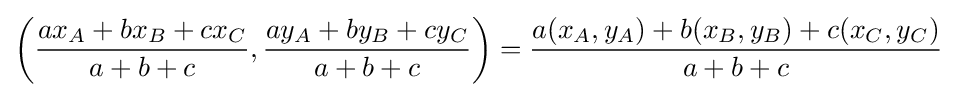
{\bigg (}{\frac {ax_{A}+bx_{B}+cx_{C}}{a+b+c}},{\frac {ay_{A}+by_{B}+cy_{C}}{a+b+c}}{\bigg )}={\frac {a(x_{A},y_{A})+b(x_{B},y_{B})+c(x_{C},y_{C})}{a+b+c}}